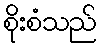
စိုးစံသည်